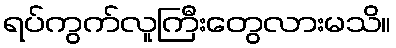
ရပ်ကွက်လူကြီးတွေလားမသိ။